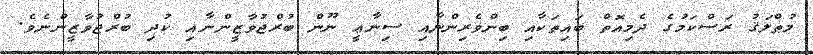
މުޠްލަޤު ރަސްކަމުގެ ދެމިއޮތް ބައިތަކާއި ބިންވެރިންނާއި ސިނާޢީ ނޫން ބުރްޖުވާޒީންނާއި ކުދި ބުރްޖުވާޒީންނެވެ.